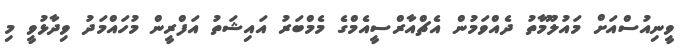
ވީނިއުސްއަށް މައުލޫމާތު ދެއްވަމުން އެޗްއާރްސީއެމްގެ މެމްބަރު އައިޝަތު އަފްރީން މުހައްމަދު ވިދާޅުވީ މި